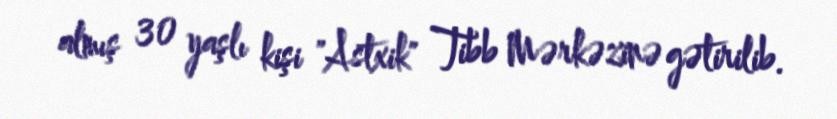
almış 30 yaşlı kişi "Astxik" Tibb Mərkəzinə gətirilib.